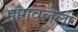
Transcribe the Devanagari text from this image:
मागवलेली